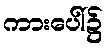
ကားပေါ်၌